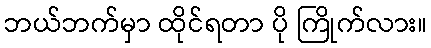
ဘယ်ဘက်မှာ ထိုင်ရတာ ပို ကြိုက်လား။